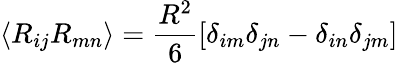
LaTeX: \langle R_{ij}R_{mn}\rangle=\frac{R^{2}}{6}\left[\delta_{im}\delta_{jn}-\delta_{in}\delta_{jm}\right]